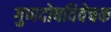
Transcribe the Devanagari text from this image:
गुणदोषविवेचक